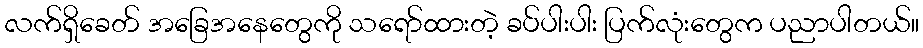
လက်ရှိခေတ် အခြေအနေတွေကို သရော်ထားတဲ့ ခပ်ပါးပါး ပြက်လုံးတွေက ပညာပါတယ်။